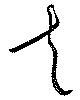
走